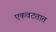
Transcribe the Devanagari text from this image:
एकवटतात